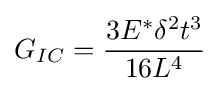
G_{IC}={\frac {3E^{*}\delta ^{2}t^{3}}{16L^{4}}}